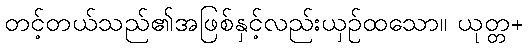
တင့်တယ်သည်၏အဖြစ်နှင့်လည်းယှဉ်ထသော။ ယုတ္တ+